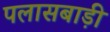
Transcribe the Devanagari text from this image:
पलासबाड़ी